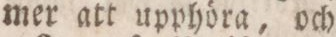
mer att upphöra, och